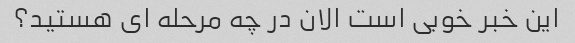
این خبر خوبی است الان در چه مرحله ای هستید؟